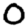
Digit: 0